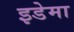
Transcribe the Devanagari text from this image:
इडेमा